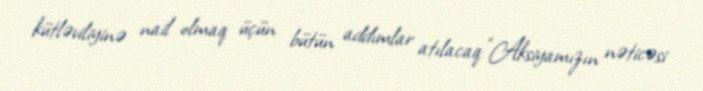
kütləviliyinə nail olmaq üçün bütün addımlar atılacaq: “Aksiyamızın nəticəsi